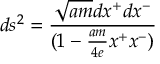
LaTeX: d s ^ { 2 } = { \frac { \sqrt { a m } d x ^ { + } d x ^ { - } } { ( 1 - { \frac { a m } { 4 e } } x ^ { + } x ^ { - } ) } }